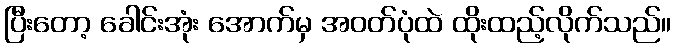
ပြီးတော့ ခေါင်းအုံး အောက်မှ အဝတ်ပုံထဲ ထိုးထည့်လိုက်သည်။